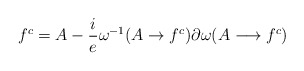
\begin{align*}f^{c}=A - \frac{i}{e} \omega^{-1}(A \rightarrow f^{c}) \partial\omega(A \longrightarrow f^{c})\end{align*}